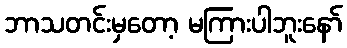
ဘာသတင်းမှတော့ မကြားပါဘူးနော်